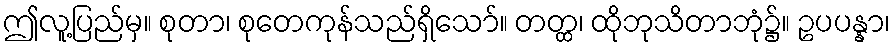
ဤလူ့ပြည်မှ။ စုတာ၊ စုတေကုန်သည်ရှိသော်။ တတ္ထ၊ ထိုဘုသိတာဘုံ၌။ ဥပပန္နာ၊